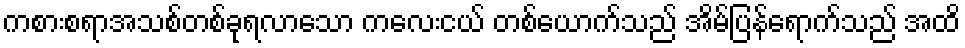
ကစားစရာအသစ်တစ်ခုရလာသော ကလေးငယ် တစ်ယောက်သည် အိမ်ပြန်ရောက်သည် အထိ